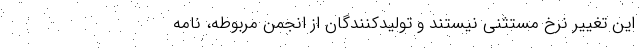
اين تغيير نرخ مستثني نيستند و توليدكنندگان از انجمن مربوطه، نامه